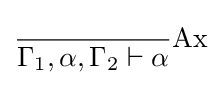
{\frac {}{\Gamma _{1},\alpha ,\Gamma _{2}\vdash \alpha }}{\text{Ax}}